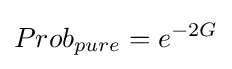
Prob_{pure}=e^{-2G}